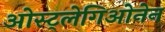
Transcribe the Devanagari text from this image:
ओस्ट्लेगिओनेन